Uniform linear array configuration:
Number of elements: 32
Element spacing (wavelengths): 0.75
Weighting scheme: hann
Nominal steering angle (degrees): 45
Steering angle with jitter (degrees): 46.474
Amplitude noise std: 0.05
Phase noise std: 0.05

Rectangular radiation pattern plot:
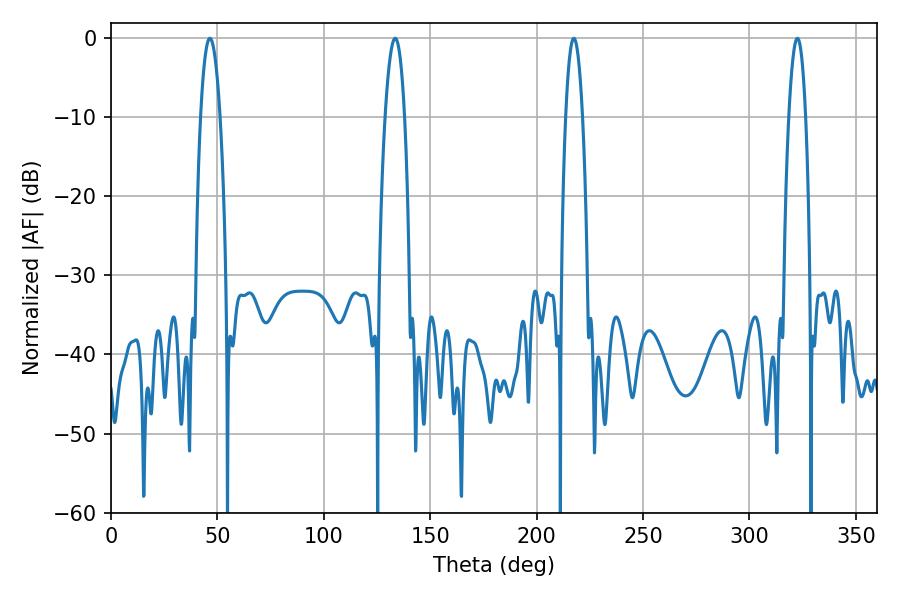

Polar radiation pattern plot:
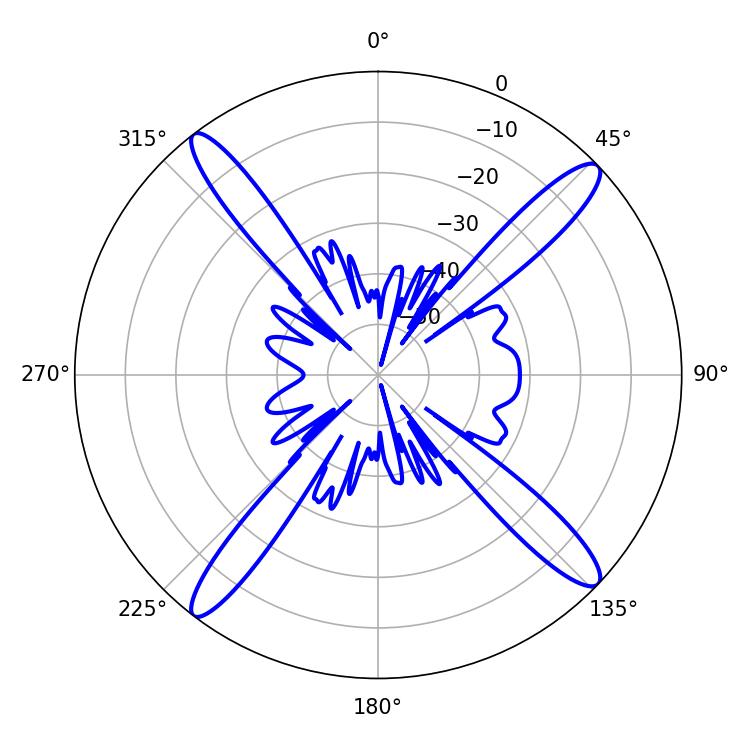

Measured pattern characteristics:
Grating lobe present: TRUE
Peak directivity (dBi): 17.203
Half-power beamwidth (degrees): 5.04
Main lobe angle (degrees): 46.44